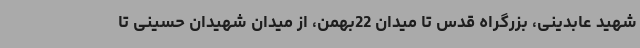
شهید عابدینی، بزرگراه قدس تا میدان 22بهمن، از میدان شهیدان حسینی تا